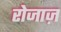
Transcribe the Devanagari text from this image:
रोजाज़